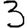
Digit: 3